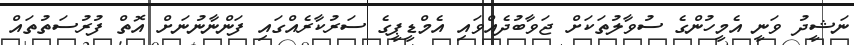
ނަޝީދު ވަނީ އެމީހުންގެ ސުވާލުތަކަށް ޖަވާބުދެއްވައި އެމްޑީޕީގެ ސަރުކާރެއްގައި ފަންނާނުނަށް އޮތް ފުރުސަތުތައް